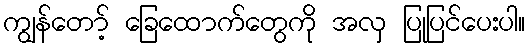
ကျွန်တော့် ခြေထောက်တွေကို အလှ ပြုပြင်ပေးပါ။